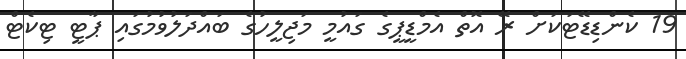
19 ކެންޑިޑޭޓަކަށް ރޭ އޮތް އެމްޑީޕީގެ ގައުމީ މަޖިލީހުގެ ބައްދަލުވުމުގައި ޕާޓީ ޓިކެޓް